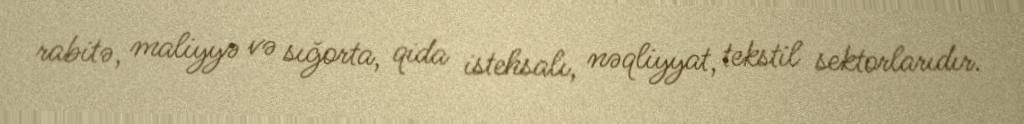
rabitə, maliyyə və sığorta, qida istehsalı, nəqliyyat, tekstil sektorlarıdır.